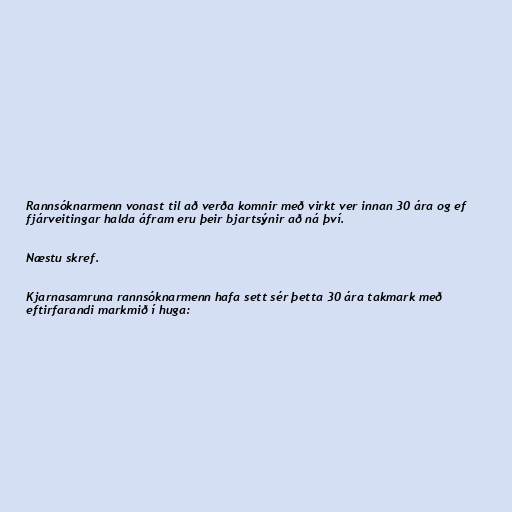
Rannsóknarmenn vonast til að verða komnir með virkt ver innan 30 ára og ef
fjárveitingar halda áfram eru þeir bjartsýnir að ná því.

Næstu skref.

Kjarnasamruna rannsóknarmenn hafa sett sér þetta 30 ára takmark með
eftirfarandi markmið í huga: